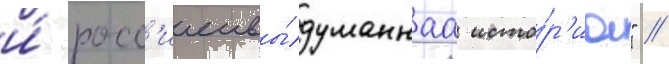
и́ росс'иеивы́думаннаа исто́р'иа" //